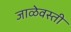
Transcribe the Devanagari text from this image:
जाळेवस्ती